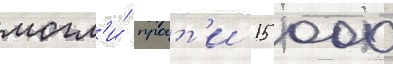
могл'и́ проит'и 15 000